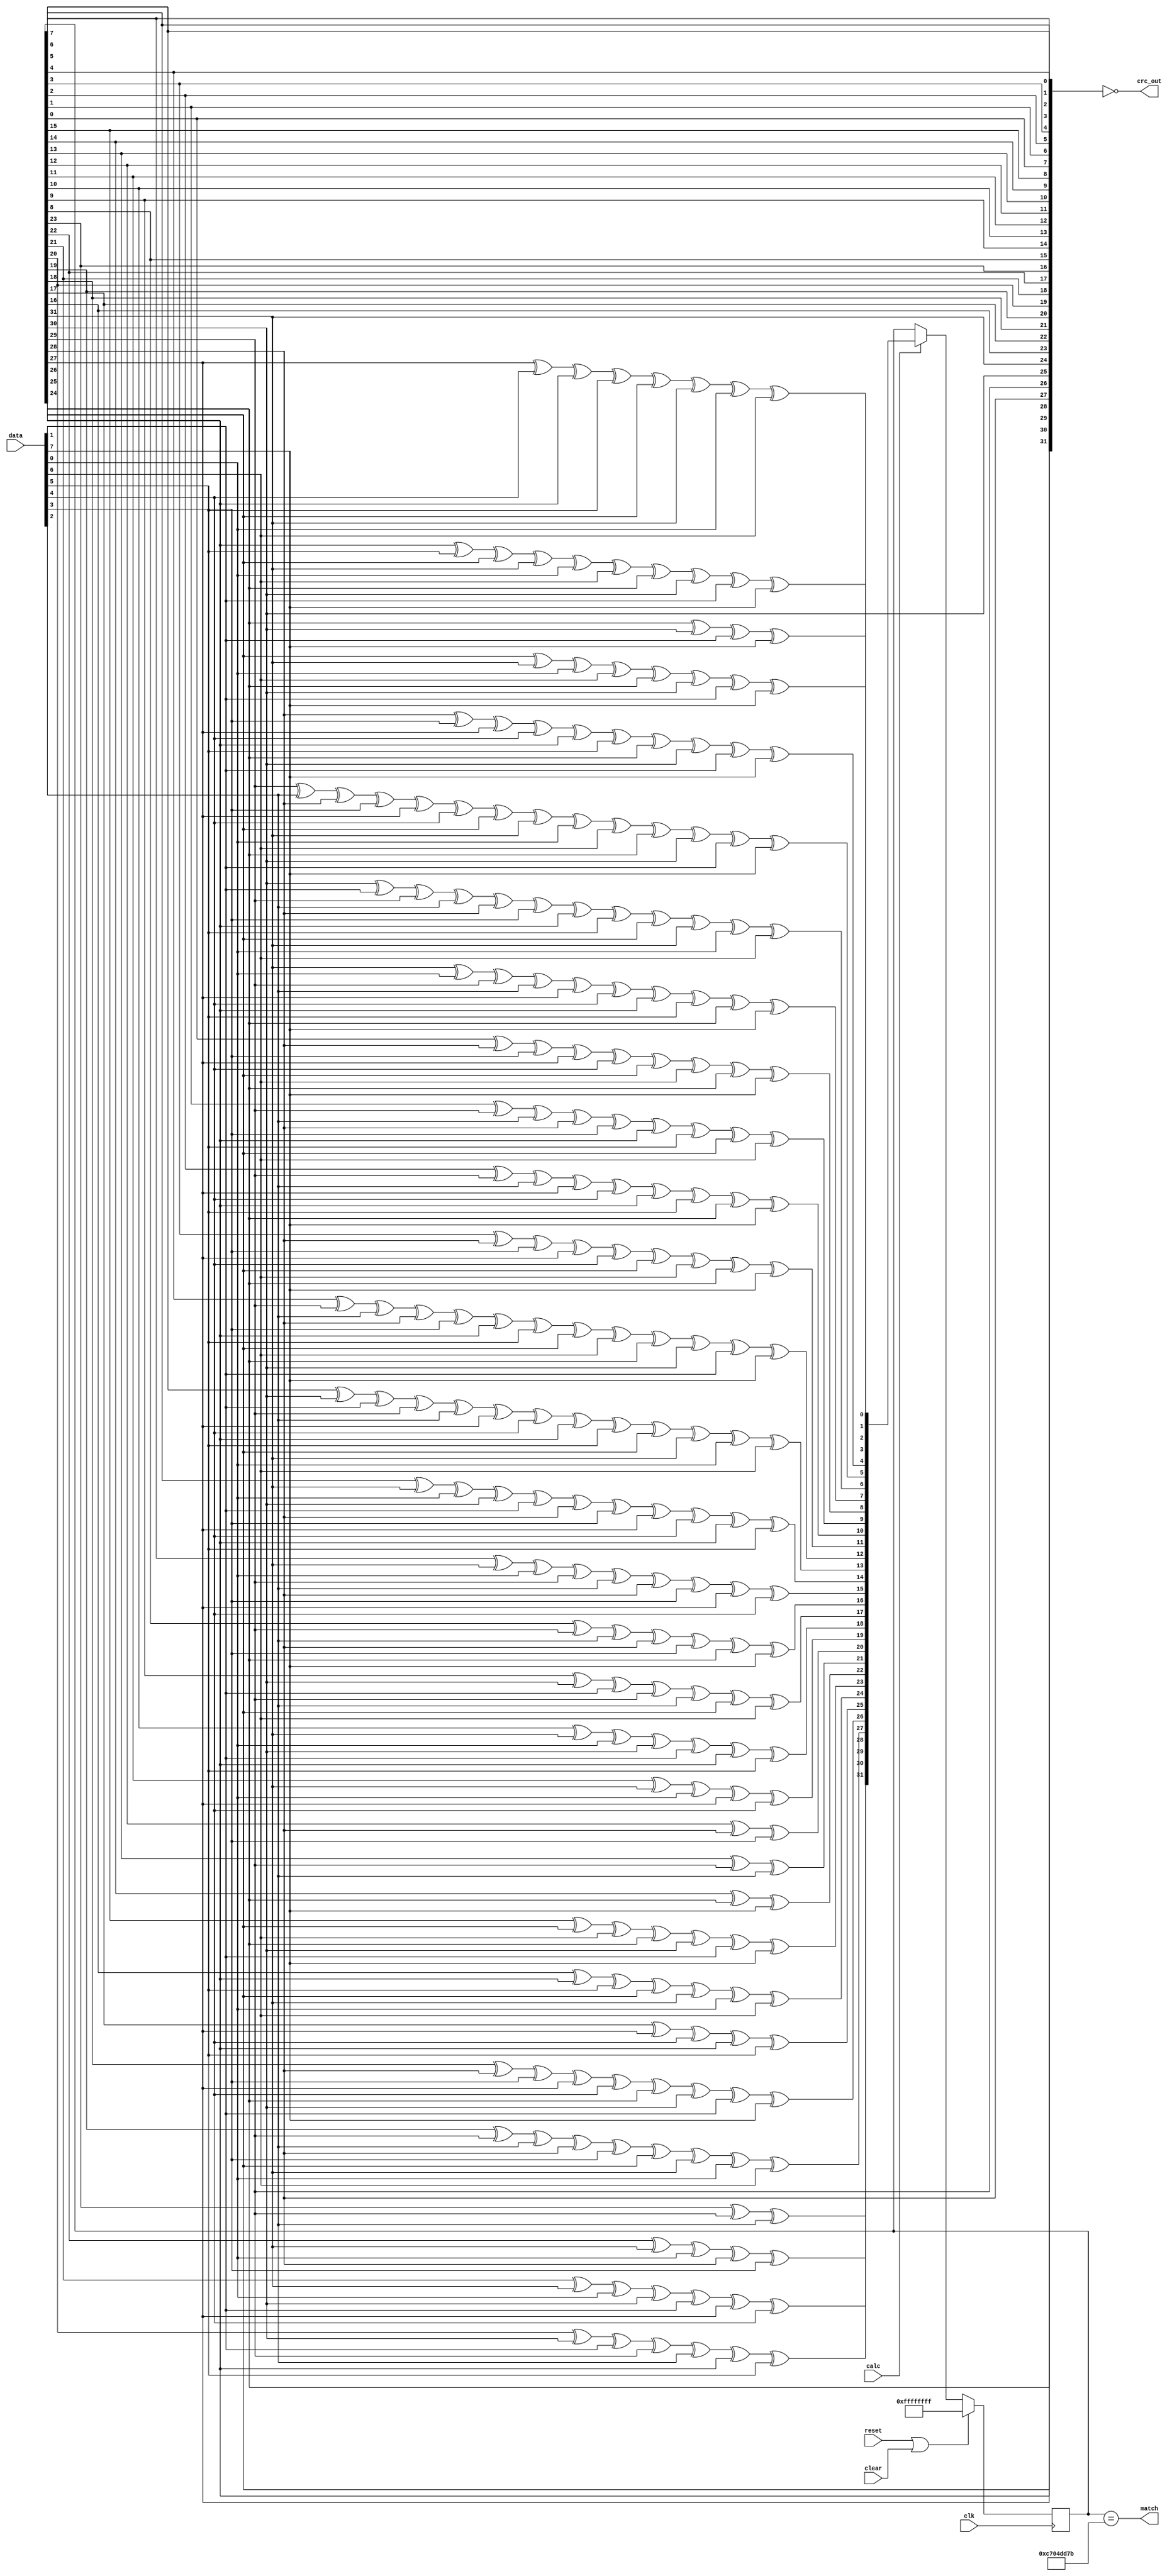
//
// Copyright 2011 Ettus Research LLC
//
// This program is free software: you can redistribute it and/or modify
// it under the terms of the GNU General Public License as published by
// the Free Software Foundation, either version 3 of the License, or
// (at your option) any later version.
//
// This program is distributed in the hope that it will be useful,
// but WITHOUT ANY WARRANTY; without even the implied warranty of
// MERCHANTABILITY or FITNESS FOR A PARTICULAR PURPOSE.  See the
// GNU General Public License for more details.
//
// You should have received a copy of the GNU General Public License
// along with this program.  If not, see <http://www.gnu.org/licenses/>.
//


module crc
  (input clk, 
   input reset,
   input clear, 
   input [7:0] data,
   input calc,
   output [31:0] crc_out,
   output match);
   
   function[31:0]  NextCRC;
      input[7:0]      D;
      input[31:0]     C;
      reg[31:0]       NewCRC;
      begin
	 NewCRC[0]   = C[24]^C[30]^D[1]^D[7];
	 NewCRC[1]   = C[25]^C[31]^D[0]^D[6]^C[24]^C[30]^D[1]^D[7];
	 NewCRC[2]   = C[26]^D[5]^C[25]^C[31]^D[0]^D[6]^C[24]^C[30]^D[1]^D[7];
	 NewCRC[3]   = C[27]^D[4]^C[26]^D[5]^C[25]^C[31]^D[0]^D[6];
	 NewCRC[4]   = C[28]^D[3]^C[27]^D[4]^C[26]^D[5]^C[24]^C[30]^D[1]^D[7];
	 NewCRC[5]   = C[29]^D[2]^C[28]^D[3]^C[27]^D[4]^C[25]^C[31]^D[0]^D[6]^C[24]^C[30]^D[1]^D[7];
	 NewCRC[6]   = C[30]^D[1]^C[29]^D[2]^C[28]^D[3]^C[26]^D[5]^C[25]^C[31]^D[0]^D[6];
	 NewCRC[7]   = C[31]^D[0]^C[29]^D[2]^C[27]^D[4]^C[26]^D[5]^C[24]^D[7];
	 NewCRC[8]   = C[0]^C[28]^D[3]^C[27]^D[4]^C[25]^D[6]^C[24]^D[7];
	 NewCRC[9]   = C[1]^C[29]^D[2]^C[28]^D[3]^C[26]^D[5]^C[25]^D[6];
	 NewCRC[10]  = C[2]^C[29]^D[2]^C[27]^D[4]^C[26]^D[5]^C[24]^D[7];
	 NewCRC[11]  = C[3]^C[28]^D[3]^C[27]^D[4]^C[25]^D[6]^C[24]^D[7];
	 NewCRC[12]  = C[4]^C[29]^D[2]^C[28]^D[3]^C[26]^D[5]^C[25]^D[6]^C[24]^C[30]^D[1]^D[7];
	 NewCRC[13]  = C[5]^C[30]^D[1]^C[29]^D[2]^C[27]^D[4]^C[26]^D[5]^C[25]^C[31]^D[0]^D[6];
	 NewCRC[14]  = C[6]^C[31]^D[0]^C[30]^D[1]^C[28]^D[3]^C[27]^D[4]^C[26]^D[5];
	 NewCRC[15]  = C[7]^C[31]^D[0]^C[29]^D[2]^C[28]^D[3]^C[27]^D[4];
	 NewCRC[16]  = C[8]^C[29]^D[2]^C[28]^D[3]^C[24]^D[7];
	 NewCRC[17]  = C[9]^C[30]^D[1]^C[29]^D[2]^C[25]^D[6];
	 NewCRC[18]  = C[10]^C[31]^D[0]^C[30]^D[1]^C[26]^D[5];
	 NewCRC[19]  = C[11]^C[31]^D[0]^C[27]^D[4];
	 NewCRC[20]  = C[12]^C[28]^D[3];
	 NewCRC[21]  = C[13]^C[29]^D[2];
	 NewCRC[22]  = C[14]^C[24]^D[7];
	 NewCRC[23]  = C[15]^C[25]^D[6]^C[24]^C[30]^D[1]^D[7];
	 NewCRC[24]  = C[16]^C[26]^D[5]^C[25]^C[31]^D[0]^D[6];
	 NewCRC[25]  = C[17]^C[27]^D[4]^C[26]^D[5];
	 NewCRC[26]  = C[18]^C[28]^D[3]^C[27]^D[4]^C[24]^C[30]^D[1]^D[7];
	 NewCRC[27]  = C[19]^C[29]^D[2]^C[28]^D[3]^C[25]^C[31]^D[0]^D[6];
	 NewCRC[28]  = C[20]^C[30]^D[1]^C[29]^D[2]^C[26]^D[5];
	 NewCRC[29]  = C[21]^C[31]^D[0]^C[30]^D[1]^C[27]^D[4];
	 NewCRC[30]  = C[22]^C[31]^D[0]^C[28]^D[3];
	 NewCRC[31]  = C[23]^C[29]^D[2];
	 NextCRC     = NewCRC;
      end
   endfunction

   reg [31:0] crc_reg;
   always @ (posedge clk)
     if (reset | clear)
       crc_reg 	    <= 32'hffffffff;
     else if (calc)
       crc_reg 	    <= NextCRC(data,crc_reg);
        
   assign crc_out    = ~{crc_reg[24],crc_reg[25],crc_reg[26],crc_reg[27],crc_reg[28],crc_reg[29],crc_reg[30],crc_reg[31],
		      crc_reg[16],crc_reg[17],crc_reg[18],crc_reg[19],crc_reg[20],crc_reg[21],crc_reg[22],crc_reg[23],
		      crc_reg[8],crc_reg[9],crc_reg[10],crc_reg[11],crc_reg[12],crc_reg[13],crc_reg[14],crc_reg[15],
		      crc_reg[0],crc_reg[1],crc_reg[2],crc_reg[3],crc_reg[4],crc_reg[5],crc_reg[6],crc_reg[7] };

   assign match  = (crc_reg == 32'hc704_dd7b);
		    
endmodule // crc